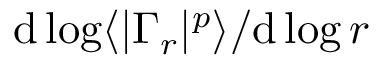
\mathrm { d } \log \langle | \Gamma _ { r } | ^ { p } \rangle / \mathrm { d } \log r